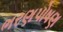
ભરણપોષણ